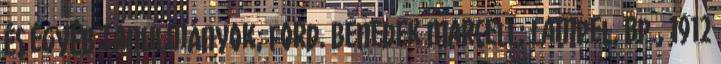
és egyéb tanulmányok; ford. Benedek Marcell; Lampel, Bp., 1912